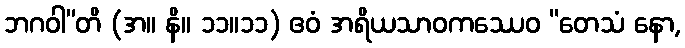
ဘဂဝါ”တိ (အ။ နိ။ ၁၁။၁၁) ဧဝံ အရိယသာဝကဿေဝ “တေသံ နော,